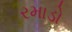
રમાડો